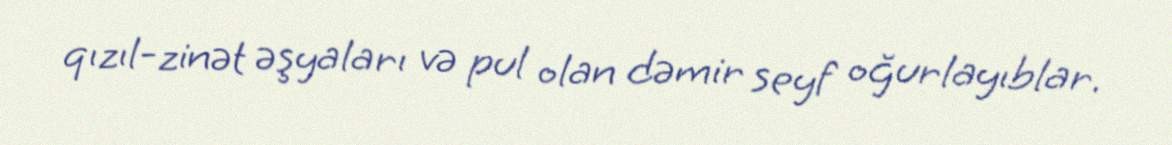
qızıl-zinət əşyaları və pul olan dəmir seyf oğurlayıblar.